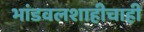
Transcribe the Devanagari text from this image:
भांडवलशाहीचाही